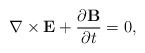
\begin{align*}\nabla\times{\bf E} + \frac{\partial{\bf B}}{\partial t} = 0,\end{align*}